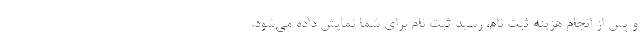
و پس از انجام هزینه ثبت نام، رسید ثبت نام برای شما نمایش داده می‌شود.